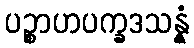
ပဉ္စာဟပက္ခဒသန္နံ